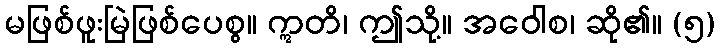
မဖြစ်ဖူးမြဲဖြစ်ပေစွ။ ဣတိ၊ ဤသို့။ အဝေါစ၊ ဆို၏။ (၅)